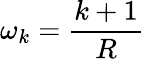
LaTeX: \omega_{k}=\frac{k+1}{R}